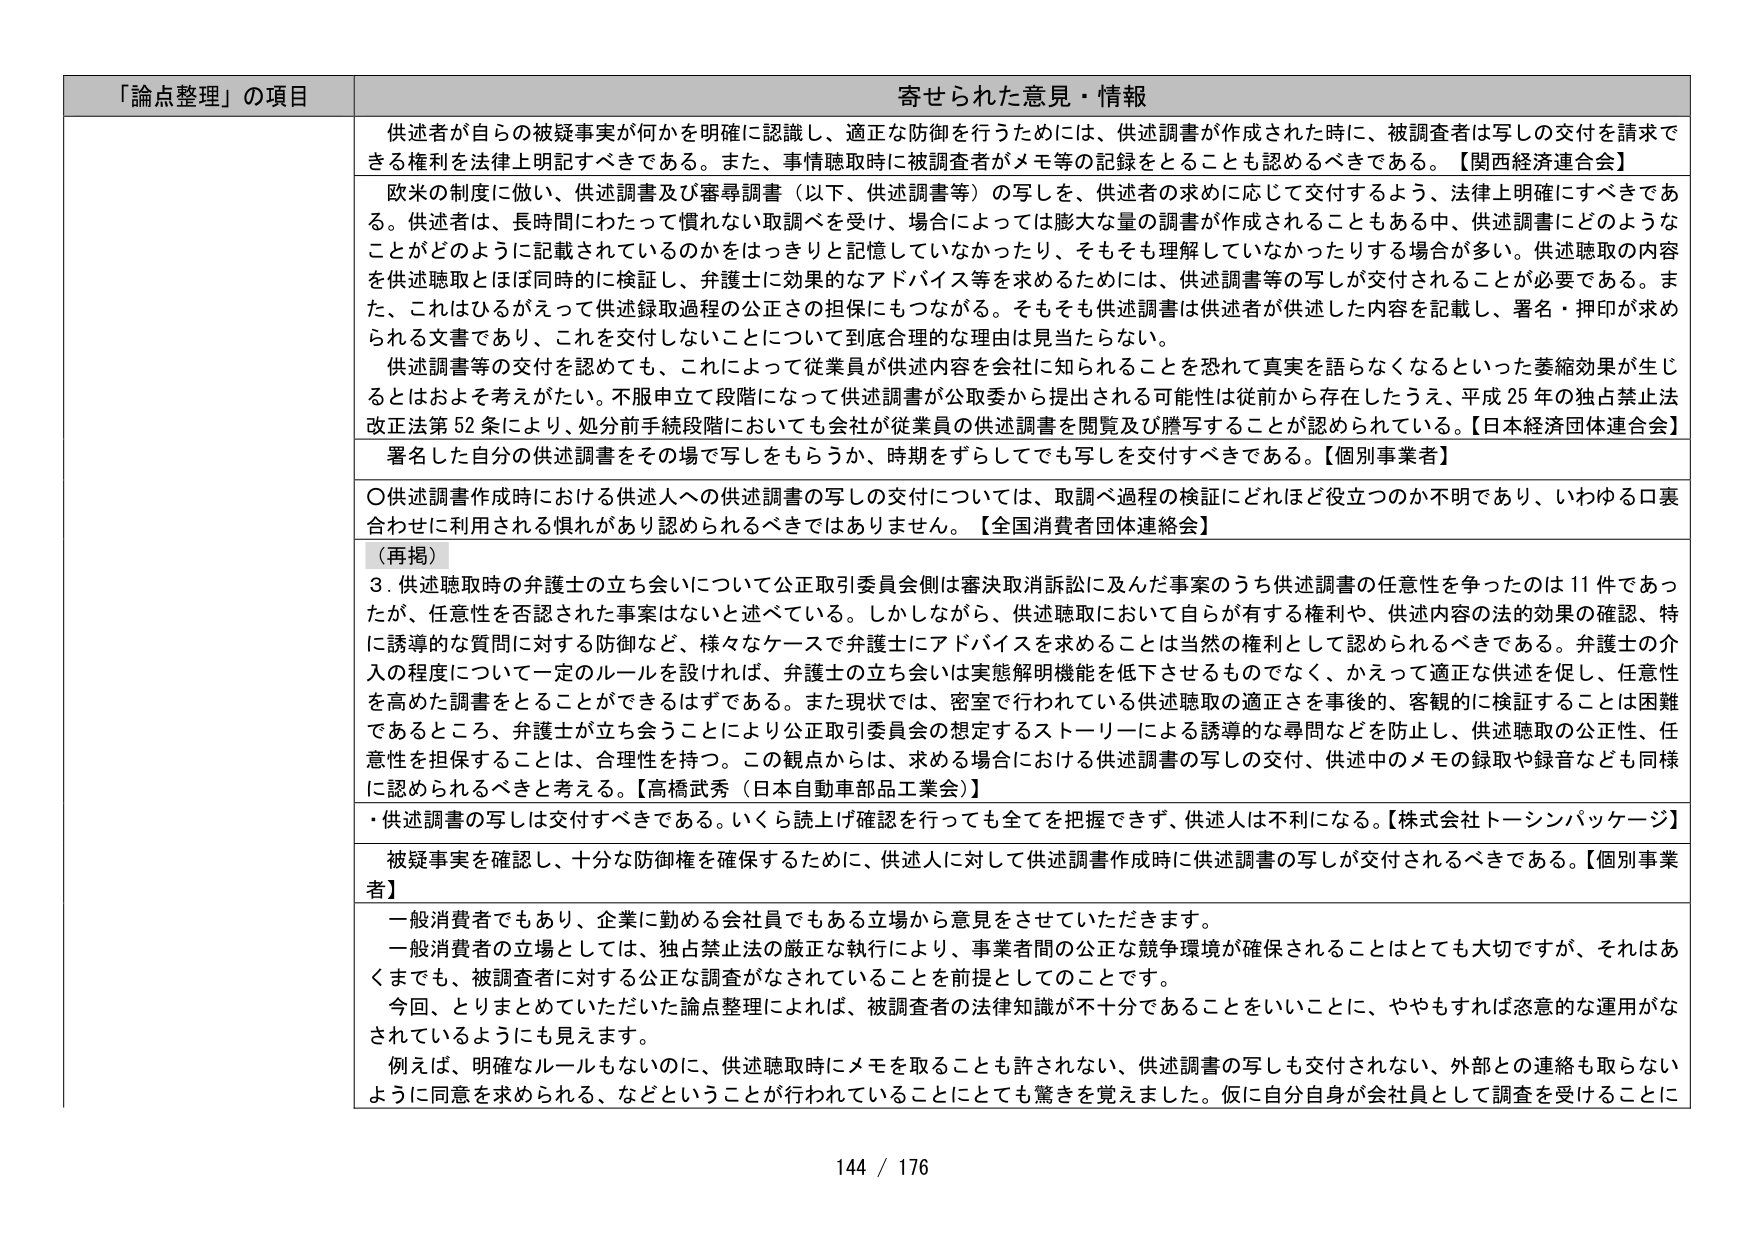
「論点整理」の項目 寄せられた意見・情報
供述者が自らの被疑事実が何かを明確に認識し、適正な防御を行うためには、供述調書が作成された時に、被調査者は写しの交付を請求できる権利を法律上明記すべきである。また、事情聴取時に被調査者がメモ等の記録をとることも認めるべきである。【関西経済連合会】
欧米の制度に倣い、供述調書及び審尋調書（以下、供述調書等）の写しを、供述者の求めに応じて交付するよう、法律上明確にすべきである。供述者は、長時間にわたって慣れない取調べを受け、場合によっては膨大な量の調書が作成されることもある中、供述調書にどのようなことかどのように記載されているのかをはっきりと記憶していなかったり、そもそも理解していなかったりする場合が多い。供述聴取の内容を供述聴取とほぼ同時に検証し、弁護士に効果的なアドバイス等を求めるためには、供述調書等の写しが交付されることが必要である。また、これほひるがえって供述録取過程の公正さの担保にもつながる。そもそも供述調書は供述者が供述した内容を記載し、署名・押印が求められる文書であり、これを交付しないことについて到底合理的な理由は見当たらない。
供述調書等の交付を認めても、これによって従業員が供述内容を会社に知られることを恐れて真実を語らなくなるといった萎縮効果が生じるとはおよそ考えがたい。不服申立て段階になって供述調書が公取委から提出される可能性は従前から存在したうえ、平成25年の独占禁止法改正法第52条により、処分前手続段階においても会社が従業員の供述調書を閲覧及び謄写することが認められている。【日本経済団体連合会】
署名した自分の供述調書をその場で写しをもらうか、時期をずらしてでも写しを交付すべきである。【個別事業者】
〇供述調書作成時における供述人への供述調書の写しの交付については、取調べ過程の検証にどれほど役立つか不明であり、いわゆる口裏合わせに利用される惧れがあり認められるべきではありません。【全国消費者団体連絡会】
（再掲）
3．供述聴取時の弁護士の立ち会いについて公正取引委員会側は審決取消訴訟に及んだ事案のうち供述調書の任意性を争ったのは11件であったが、任意性を否認された事案はないと述べている。しかしながら、供述聴取において自らが有する権利や、供述内容の法的効果の確認、特に誘導的な質問に対する防御など、様々なケースで弁護士にアドバイスを求めることは当然の権利として認められるべきである。弁護士の介入の程度について一定のルールを設ければ、弁護士の立ち会いは実態解明機能を低下させるものでなく、かえって適正な供述を促し、任意性を高めた調書をとることができるはずである。また現状では、密室で行われている供述聴取の適正さを事後的、客観的に検証することは困難であるところ、弁護士が立ち会うことにより公正取引委員会の想定するストーリーによる誘導的な尋問などを防止し、供述聴取の公正性、任意性を担保することは、合理性を持つ。この観点から、求める場合における供述調書の写しの交付、供述中のメモの録取や録音なども同様に認められるべきと考える。【高橋武秀（日本自動車部品工業会）】
・供述調書の写しは交付すべきである。いくら読上げ確認を行っても全てを把握できず、供述人は不利になる。【株式会社トーソンパッケージ】
被疑事実を確認し、十分な防御権を確保するために、供述人に対して供述調書作成時に供述調書の写しが交付されるべきである。【個別事業者】
一般消費者でもあり、企業に勤める会社員でもある立場から意見をさせていただきます。
一般消費者の立場としては、独占禁止法の厳正な執行により、事業者間の公正な競争環境が確保されることはとても大切ですが、それはあくまでも、被調査者に対する公正な調査がなされていることを前提としてのことです。
今回、とりまとめていただいた論点整理によれば、被調査者の法律知識が不十分であることをいいことに、ややもすれば恣意的な運用がなされているようにも見えます。
例えば、明確なルールもないのに、供述聴取時にメモを取ることも許されない、供述調書の写しも交付されない、外部との連絡も取らないように同意を求められる、などということが行われていることにとても驚きを覚えました。仮に自分自身が会社員として調査を受けることに
144 / 176